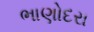
ભાણોદરા